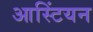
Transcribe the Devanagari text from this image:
आस्टिंयन